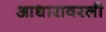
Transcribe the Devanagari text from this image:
आधारावरली